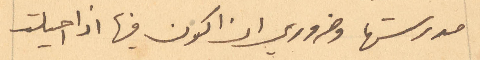
مدرستها وضروري ان اكون فيها اذا احيلت